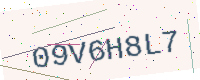
Text: 09V6H8L7